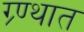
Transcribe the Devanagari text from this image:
ग्र्ण्थात